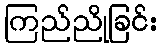
ကြည်ညိုခြင်း